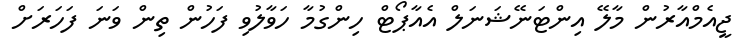
ޖީއެމްއާރުން މާލޭ އިންޓަނޭޝަނަލް އެއާޕޯޓް ހިންގުމާ ހަވާލުވި ފަހުން ތިން ވަނަ ފަހަރަށް